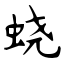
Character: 蛲